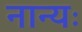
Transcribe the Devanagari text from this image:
नान्यः